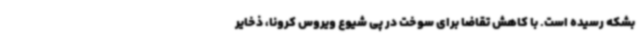
بشکه رسیده است. با کاهش تقاضا برای سوخت در پی شیوع ویروس کرونا، ذخایر